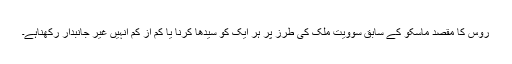
روس کا مقصد ماسکو کے سابق سوویت ملک کی طرز پر ہر ایک کو سیدھا کرنا یا کم از کم انہیں غیر جانبدار رکھناہے۔